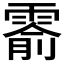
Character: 𬰅